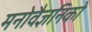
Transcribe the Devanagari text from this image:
मनोवैज्ञनिकों